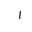
Letter: _alif